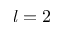
l = 2